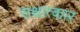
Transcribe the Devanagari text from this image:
सक्षात्कार